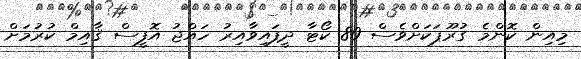
މިއިން ކޮންމެ ގުރޫޕަކަށްވެސް 80 ކޯޓާ ދީފައިވާއިރު ހައްޖު އޮފީސް ޤާއިމް ކުރުމަށް